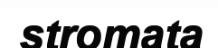
stromata